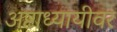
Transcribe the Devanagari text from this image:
अष्टाध्यायीवर